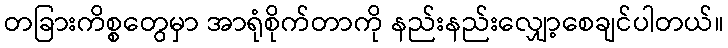
တခြားကိစ္စတွေမှာ အာရုံစိုက်တာကို နည်းနည်းလျှော့စေချင်ပါတယ်။